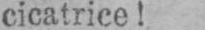
cicatrice!